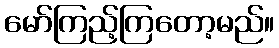
မော်ကြည့်ကြတော့မည်။